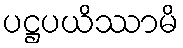
ပဋ္ဌပယိဿာမိ